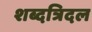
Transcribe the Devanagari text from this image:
शब्दत्रिदल